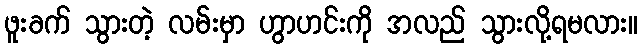
ဖူးခက် သွားတဲ့ လမ်းမှာ ဟွာဟင်းကို အလည် သွားလို့ရမလား။